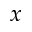
x